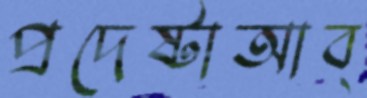
প্রদেষ্টাআব্